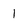
Character: 1